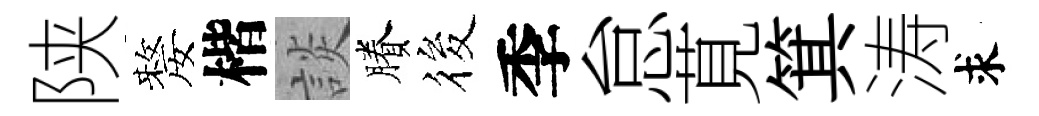
陕嫠楷談賸筱季怠莧箕涛求